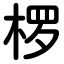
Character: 椤